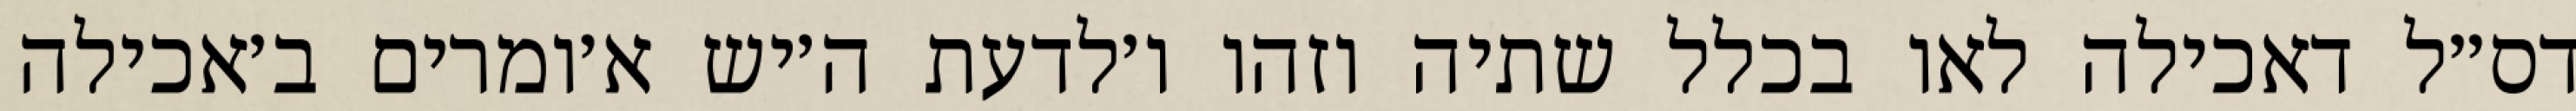
דס״ל דאכילה לאו בכלל שתיה וזהו ו׳לדעת ה׳יש א׳ומרים ב׳אכילה